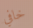
خافي